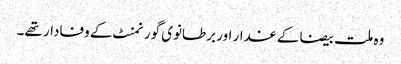
وہ ملت بیضا کے غدار اور برطانوی گورنمنٹ کے وفادار تھے۔